Scottish Leaving Certificate Examination, 1958
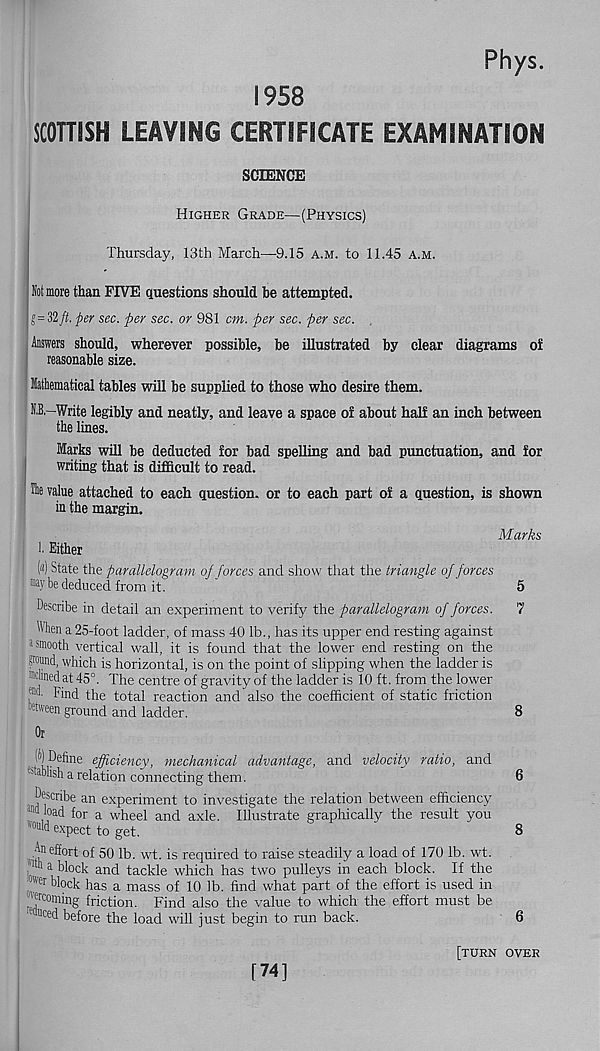
Phys.
1958
SCOTTISH LEAVING CERTIFICATE EXAMINATION
SCIENCE
Higher Grade—(Physics)
Thursday, 13th March—9.15 a.m. to 11.45 a.m.
Not more than FIVE questions should be attempted.
| g=il ft. per sec. per sec. or 981 cm. per sec. per sec.
Answers should, wherever possible, be illustrated by clear diagrams of
reasonable size.
Mathematical tables will be supplied to those who desire them.
N.B,-Write legibly and neatly, and leave a space of about half an inch between
the lines.
Marks will be deducted for bad spelling and bad punctuation, and for
writing that is difficult to read.
The value attached to each question, or to each part of a question, is shown
in the margin.
Marks
1. Either
(«) State the parallelogram oft forces and show that the triangle of forces
MV be deduced from it.
5
Describe in detail an experiment to verify the parallelogram of forces. 7
'Wien a 25-foot ladder, of mass 40 lb., has its upper end resting against
J smooth vertical wall, it is found that the lower end resting on the
pound, which is horizontal, is on the point of slipping when the ladder is
"idined at 45°. The centre of gravity of the ladder is 10 ft. from the lower
!*■ Find the total reaction and also the coefficient of static friction
between ground and ladder.
8
Or
(^Define efficiency, mechanical advantage, and velocity ratio, and
Polish a relation connecting them.
6
Ascribe an experiment to investigate the relation between efficiency
3,1(1 load for a wheel and axle. Illustrate graphically the result you
"' ““W expect to get.
8
Al1 effort of 501b. wt. is required to raise steadily a load of 170 lb. wt.
i *™ 1 a block and tackle which has two pulleys in each block. If the
#
Wer block has a mass of 10 lb. find what part of the effort is used in
('ttcoming friction. Find also the value to which the effort must be
-e uced before the load will just begin to run back.
6
[74]
[turn over